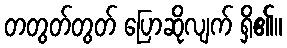
တတွတ်တွတ် ပြောဆိုလျက် ရှိ၏။